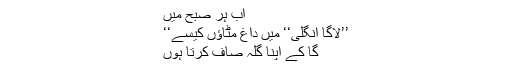
اب ہر صبح مَیں
’’لاگا اُنگلی‘‘ میں داغ مٹاؤں کیسے‘‘
گا کے اپنا گلہ صاف کرتا ہوں